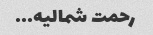
رحمت شمالیه...